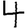
Digit: 4